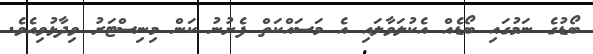
ބޯޑުގެ ނަމުގައި ބޯޑެއް އެކުލަވާލައި އެ މަސައްކަތް ފެށުނު ކަން މިނިސްޓަރު ވިދާޅުވިއެވެ.